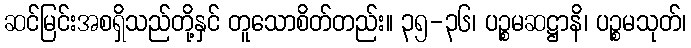
ဆင်မြင်းအစရှိသည်တို့နှင် တူသောစိတ်တည်း။ ၃၅-၃၆၊ ပဉ္စမဆဋ္ဌာနိ၊ ပဉ္စမသုတ်၊